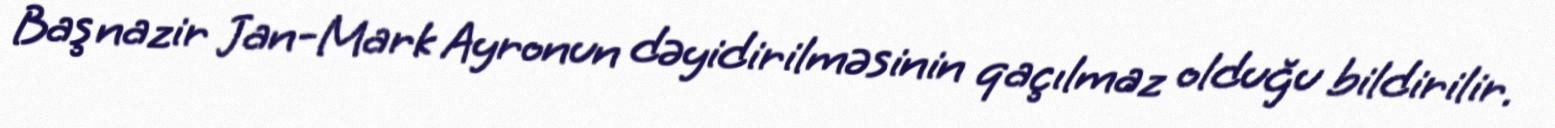
Baş nazir Jan-Mark Ayronun dəyidirilməsinin qaçılmaz olduğu bildirilir.